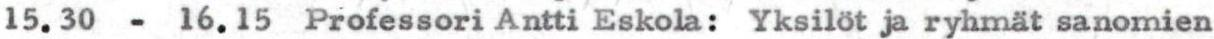
15.30 - 16.15 Professori Antti Eskola: Yksilöt ja ryhmät sanomien